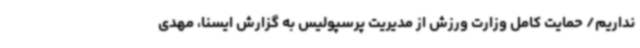
نداریم/ حمایت کامل وزارت ورزش از مدیریت پرسپولیس به گزارش ایسنا، مهدی